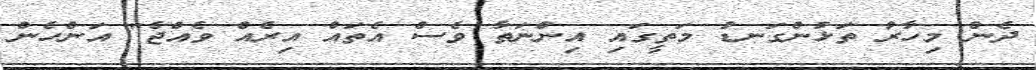
ދެން މިހާރު ތަޅުންގަނޑު މަތީގައި އިންނަތާ ވެސް އެތައް އިރެއް ވެއްޖެ" އަންހެން